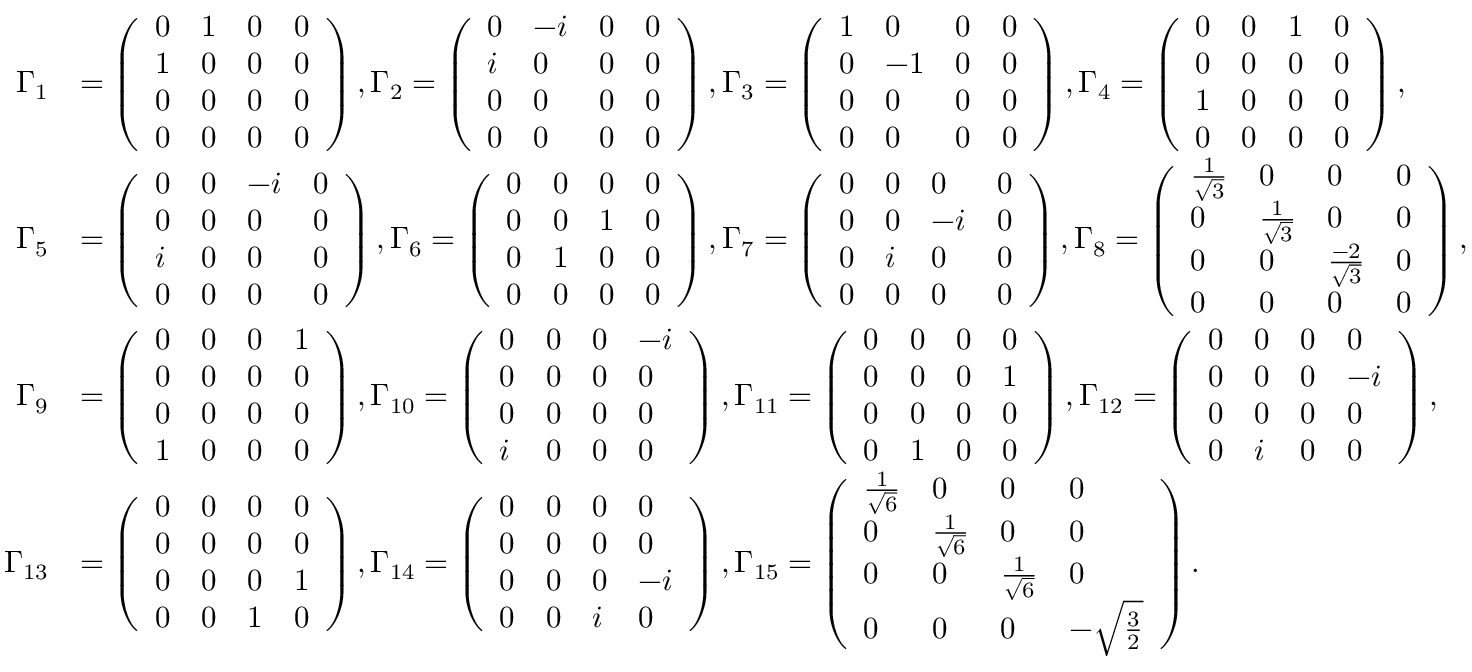
\begin{array} { r l } { \Gamma _ { 1 } } & { = \left( \begin{array} { l l l l } { 0 } & { 1 } & { 0 } & { 0 } \\ { 1 } & { 0 } & { 0 } & { 0 } \\ { 0 } & { 0 } & { 0 } & { 0 } \\ { 0 } & { 0 } & { 0 } & { 0 } \end{array} \right) , \Gamma _ { 2 } = \left( \begin{array} { l l l l } { 0 } & { - i } & { 0 } & { 0 } \\ { i } & { 0 } & { 0 } & { 0 } \\ { 0 } & { 0 } & { 0 } & { 0 } \\ { 0 } & { 0 } & { 0 } & { 0 } \end{array} \right) , \Gamma _ { 3 } = \left( \begin{array} { l l l l } { 1 } & { 0 } & { 0 } & { 0 } \\ { 0 } & { - 1 } & { 0 } & { 0 } \\ { 0 } & { 0 } & { 0 } & { 0 } \\ { 0 } & { 0 } & { 0 } & { 0 } \end{array} \right) , \Gamma _ { 4 } = \left( \begin{array} { l l l l } { 0 } & { 0 } & { 1 } & { 0 } \\ { 0 } & { 0 } & { 0 } & { 0 } \\ { 1 } & { 0 } & { 0 } & { 0 } \\ { 0 } & { 0 } & { 0 } & { 0 } \end{array} \right) , } \\ { \Gamma _ { 5 } } & { = \left( \begin{array} { l l l l } { 0 } & { 0 } & { - i } & { 0 } \\ { 0 } & { 0 } & { 0 } & { 0 } \\ { i } & { 0 } & { 0 } & { 0 } \\ { 0 } & { 0 } & { 0 } & { 0 } \end{array} \right) , \Gamma _ { 6 } = \left( \begin{array} { l l l l } { 0 } & { 0 } & { 0 } & { 0 } \\ { 0 } & { 0 } & { 1 } & { 0 } \\ { 0 } & { 1 } & { 0 } & { 0 } \\ { 0 } & { 0 } & { 0 } & { 0 } \end{array} \right) , \Gamma _ { 7 } = \left( \begin{array} { l l l l } { 0 } & { 0 } & { 0 } & { 0 } \\ { 0 } & { 0 } & { - i } & { 0 } \\ { 0 } & { i } & { 0 } & { 0 } \\ { 0 } & { 0 } & { 0 } & { 0 } \end{array} \right) , \Gamma _ { 8 } = \left( \begin{array} { l l l l } { \frac { 1 } { \sqrt { 3 } } } & { 0 } & { 0 } & { 0 } \\ { 0 } & { \frac { 1 } { \sqrt { 3 } } } & { 0 } & { 0 } \\ { 0 } & { 0 } & { \frac { - 2 } { \sqrt { 3 } } } & { 0 } \\ { 0 } & { 0 } & { 0 } & { 0 } \end{array} \right) , } \\ { \Gamma _ { 9 } } & { = \left( \begin{array} { l l l l } { 0 } & { 0 } & { 0 } & { 1 } \\ { 0 } & { 0 } & { 0 } & { 0 } \\ { 0 } & { 0 } & { 0 } & { 0 } \\ { 1 } & { 0 } & { 0 } & { 0 } \end{array} \right) , \Gamma _ { 1 0 } = \left( \begin{array} { l l l l } { 0 } & { 0 } & { 0 } & { - i } \\ { 0 } & { 0 } & { 0 } & { 0 } \\ { 0 } & { 0 } & { 0 } & { 0 } \\ { i } & { 0 } & { 0 } & { 0 } \end{array} \right) , \Gamma _ { 1 1 } = \left( \begin{array} { l l l l } { 0 } & { 0 } & { 0 } & { 0 } \\ { 0 } & { 0 } & { 0 } & { 1 } \\ { 0 } & { 0 } & { 0 } & { 0 } \\ { 0 } & { 1 } & { 0 } & { 0 } \end{array} \right) , \Gamma _ { 1 2 } = \left( \begin{array} { l l l l } { 0 } & { 0 } & { 0 } & { 0 } \\ { 0 } & { 0 } & { 0 } & { - i } \\ { 0 } & { 0 } & { 0 } & { 0 } \\ { 0 } & { i } & { 0 } & { 0 } \end{array} \right) , } \\ { \Gamma _ { 1 3 } } & { = \left( \begin{array} { l l l l } { 0 } & { 0 } & { 0 } & { 0 } \\ { 0 } & { 0 } & { 0 } & { 0 } \\ { 0 } & { 0 } & { 0 } & { 1 } \\ { 0 } & { 0 } & { 1 } & { 0 } \end{array} \right) , \Gamma _ { 1 4 } = \left( \begin{array} { l l l l } { 0 } & { 0 } & { 0 } & { 0 } \\ { 0 } & { 0 } & { 0 } & { 0 } \\ { 0 } & { 0 } & { 0 } & { - i } \\ { 0 } & { 0 } & { i } & { 0 } \end{array} \right) , \Gamma _ { 1 5 } = \left( \begin{array} { l l l l } { \frac { 1 } { \sqrt { 6 } } } & { 0 } & { 0 } & { 0 } \\ { 0 } & { \frac { 1 } { \sqrt { 6 } } } & { 0 } & { 0 } \\ { 0 } & { 0 } & { \frac { 1 } { \sqrt { 6 } } } & { 0 } \\ { 0 } & { 0 } & { 0 } & { - \sqrt { \frac { 3 } { 2 } } } \end{array} \right) . } \end{array}